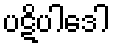
ပဋိပါဒေါ